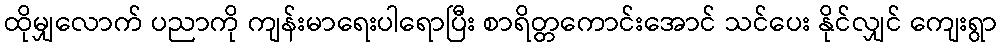
ထိုမျှလောက် ပညာကို ကျန်းမာရေးပါရောပြီး စာရိတ္တကောင်းအောင် သင်ပေး နိုင်လျှင် ကျေးရွာ